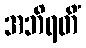
အဘိရတိံ